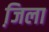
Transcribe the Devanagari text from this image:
जि़ला